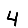
Digit: 4